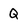
Character: Q